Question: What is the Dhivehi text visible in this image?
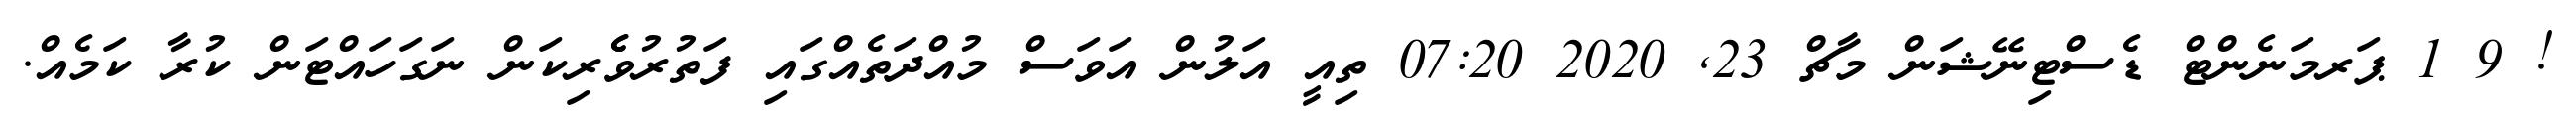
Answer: ! 9 1 ޕަރމަނެންޓް ޑެސްޓިނޭޝަން މާޗް 23, 2020 07:20 ތިއީ އަލުން އަވަސް މުއްދަތެއްގައި ފަތުރުވެެރިކަން ނަގަހައްޓަން ކުރާ ކަމެއް.